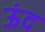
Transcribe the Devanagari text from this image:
ऊंद